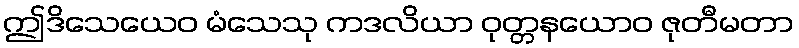
ဤဒိသေယေဝ မံသေသု ကဒလိယာ ဝုတ္တနယောဝ ဇုတီမတာ